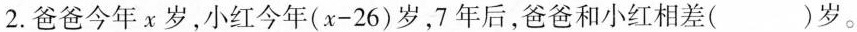
2. 爸爸今年 x 岁，小红今年$$( x - 2 6 )$$岁，7年后，爸爸和小红相差( )岁。